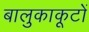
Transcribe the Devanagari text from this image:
बालुकाकूटों